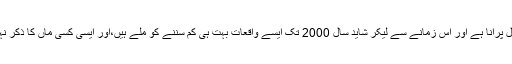
اوپرمیں نے جس واقعہ کا ذکر کیا وہ شاید پچپن سال پرانا ہے اور اس زمانے سے لیکر شاید سال 2000 تک ایسے واقعات بہت ہی کم سننے کو ملے ہیں،اور ایسی کسی ماں کا ذکر نہیں ملا جو مبین کی ماں کی طرح سے رو رہی ہو۔